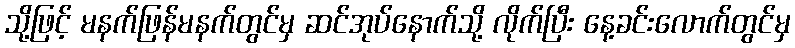
သို့ဖြင့် မနက်ဖြန်မနက်တွင်မှ ဆင်အုပ်နောက်သို့ လိုက်ပြီး နေ့ခင်းလောက်တွင်မှ